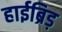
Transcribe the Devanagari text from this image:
हाईब्रिड़